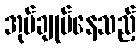
အုပ်ချုပ်နေသည့်